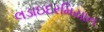
લડાઇદરમિયાન